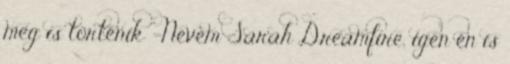
meg is történik -Nevem Sarah Dreamfire, igen én is